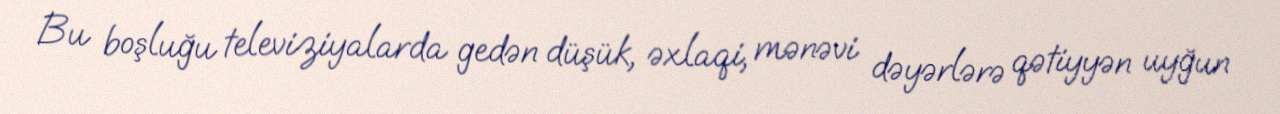
Bu boşluğu televiziyalarda gedən düşük, əxlaqi, mənəvi dəyərlərə qətiyyən uyğun